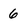
Character: 6